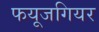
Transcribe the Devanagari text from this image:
फयूजगियर